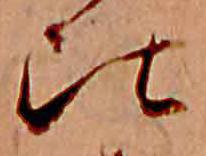
比